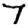
Digit: 7